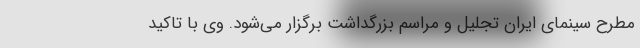
مطرح سینمای ایران تجلیل و مراسم بزرگداشت برگزار می‌شود. وی با تاکید